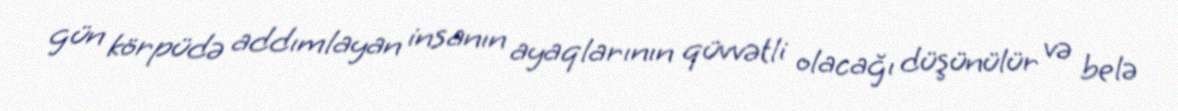
gün körpüdə addımlayan insanın ayaqlarının qüvvətli olacağı düşünülür və belə